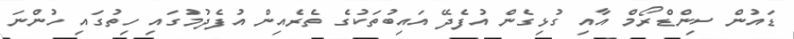
ޑައުން ސިންޑްރޯމް އާއި ގުޅިގެން އުފެދޭ އައިބުތަކުގެ ތެރެއިން އުފެދުމުގައި ހިތުގައި ހުންނަ